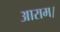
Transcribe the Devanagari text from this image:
आराम।